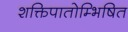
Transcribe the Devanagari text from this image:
शक्तिपातोम्भिषित